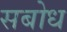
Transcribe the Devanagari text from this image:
सबोध